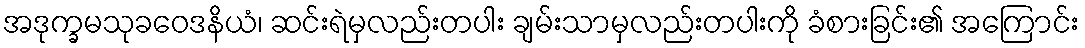
အဒုက္ခမသုခဝေဒနိယံ၊ ဆင်းရဲမှလည်းတပါး ချမ်းသာမှလည်းတပါးကို ခံစားခြင်း၏ အကြောင်း